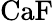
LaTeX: \mathrm{CaF}